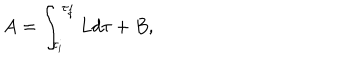
A = \int _ { \tau _ { i } } ^ { \tau _ { f } } L d \tau + B ,